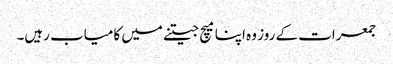
جمعرات کے روز وہ اپنا میچ جیتنے میں کامیاب رہیں۔